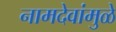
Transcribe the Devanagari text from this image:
नामदेवांमुळे